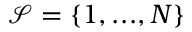
\mathcal { S } = \left\{ { 1 , . . . , N } \right\}